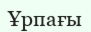
Ұрпағы